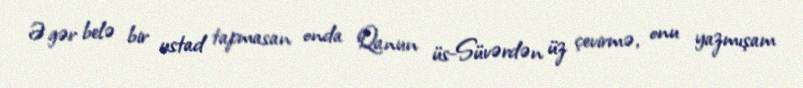
Əgər belə bir ustad tapmasan onda Qanun üs-Süvərdən üz çevirmə, onu yazmışam